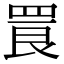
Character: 䍚